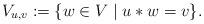
LaTeX: \begin{align*}V_{u,v} := \{ w \in V \mid u * w = v \}. \end{align*}